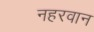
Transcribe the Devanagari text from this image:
नहरवान